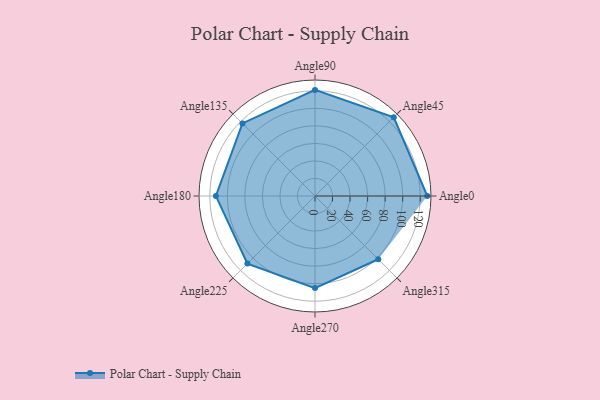
{"axis": {"x": "Angle", "y": "Radius"}, "legend": [""], "data": [{"x": "Angle0", "y": 128.0, "type": ""}, {"x": "Angle45", "y": 127.0, "type": ""}, {"x": "Angle90", "y": 121.0, "type": ""}, {"x": "Angle135", "y": 117.0, "type": ""}, {"x": "Angle180", "y": 113.0, "type": ""}, {"x": "Angle225", "y": 109.0, "type": ""}, {"x": "Angle270", "y": 105.0, "type": ""}, {"x": "Angle315", "y": 102.0, "type": ""}]}